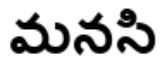
మనసి